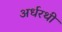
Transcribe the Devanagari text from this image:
अर्धरथी